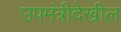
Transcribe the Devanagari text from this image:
उपमंत्रीदेखील